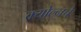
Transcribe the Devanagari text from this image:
क्योल्नचे